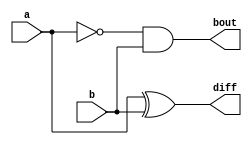
`timescale 1ns / 1ps

module half_subtractor(
  input a, b,
  output diff, bout
);

  assign diff = a ^ b;
  assign bout = ~a & b;
  
endmodule